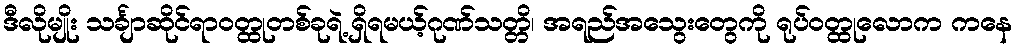
ဒီလိုမျိုး သင်္ချာဆိုင်ရာဝတ္ထုတစ်ခုရဲ့ ရှိရမယ့်ဂုဏ်သတ္တိ၊ အရည်အသွေးတွေကို ရုပ်ဝတ္ထုလောက ကနေ